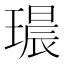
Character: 𮴭